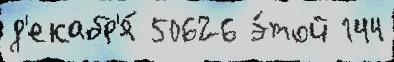
д'екабр'я́ 50626 э́той 144